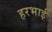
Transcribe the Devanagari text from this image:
हरभाई